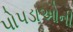
પોપડાઓની